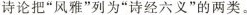
诗论把“风雅”列为“诗经六义”的两类。